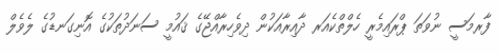
ފާރމަސީ ނުވަތަ ޕްރައިމެރީ ހެލްތްކެއަރ ދާއިރާއަކުން ދިވެހިރާއްޖޭގެ ޤައުމީ ސަނަދުތަކުގެ އޮނިގަނޑުގެ ލެވެލް